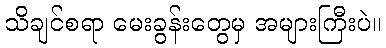
သိချင်စရာ မေးခွန်းတွေမှ အများကြီးပဲ။